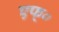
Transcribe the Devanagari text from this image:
एफ्०